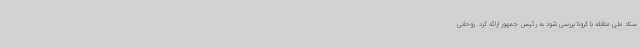
ستاد ملی مقابله با کرونا بررسی شود به رئیس جمهور ارائه کرد. روحانی